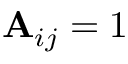
\mathbf { A } _ { i j } = 1